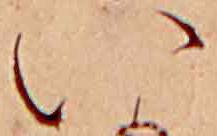
い